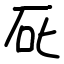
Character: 厑